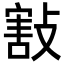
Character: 㪡